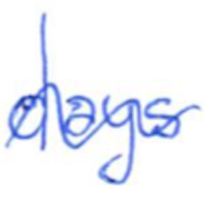
Text: days
Cross-out: mix
Writing tool: ballpoint